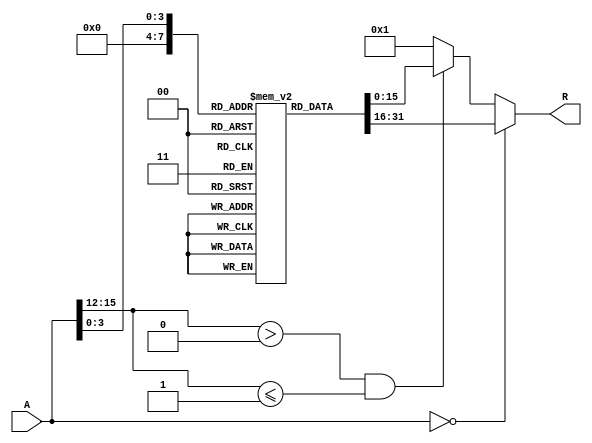
module approx_reciprocal (
    input  wire [15:0] A,  // Input value (16-bit fixed-point)
    output reg  [15:0] R   // Approximate reciprocal (16-bit fixed-point)
);

    // Lookup table for approximate reciprocals (for example, for values 1 to 16)
    reg [15:0] lut [0:15]; // LUT for values 1 to 16
    initial begin
        lut[0] = 16'hFFFF; // Handle division by zero case
        lut[1] = 16'h1000; // 1.0
        lut[2] = 16'h0800; // 0.5
        lut[3] = 16'h0555; // ~0.3333
        lut[4] = 16'h0400; // 0.25
        lut[5] = 16'h0333; // ~0.2
        lut[6] = 16'h028F; // ~0.1667
        lut[7] = 16'h0200; // ~0.1429
        lut[8] = 16'h0199; // ~0.125
        lut[9] = 16'h0138; // ~0.1111
        lut[10] = 16'h0100; // 0.1
        lut[11] = 16'h00E1; // ~0.0909
        lut[12] = 16'h00C0; // ~0.0833
        lut[13] = 16'h00A0; // ~0.0769
        lut[14] = 16'h0080; // ~0.0714
        lut[15] = 16'h0066; // ~0.0667
    end

    always @(*) begin
        if (A == 16'h0000) begin
            R = lut[0]; // Return predefined value for division by zero
        end else if (A[15:12] > 4'b0000 && A[15:12] <= 4'b0001) begin
            R = lut[A[3:0]]; // Use LUT for values 1 to 16
        end else begin
            // For values outside the LUT range, use a simple polynomial approximation
            // Here we can use a simple reciprocal approximation for larger values
            // This is a placeholder for a more complex approximation
            R = 16'h0001; // Placeholder for larger values, should be replaced with a better approximation
        end
    end

endmodule